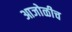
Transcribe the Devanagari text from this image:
आजोळीच